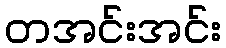
တအင်းအင်း